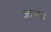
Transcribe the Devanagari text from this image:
जान।।